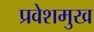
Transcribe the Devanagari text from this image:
प्रवेशमुख